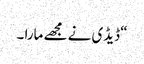
“ ڈیڈی نے مجھے مارا ۔